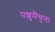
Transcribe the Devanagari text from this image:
पशुमैथुन।